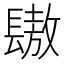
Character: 䦋